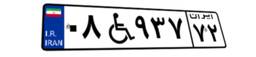
۷۹W۵۴۶۵۵